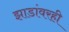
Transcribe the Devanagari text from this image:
झाडांवरही